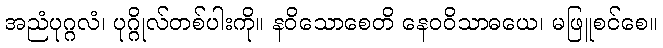
အညံပုဂ္ဂလံ၊ ပုဂ္ဂိုလ်တစ်ပါးကို။ နဝိသောစေတိ နေဝဝိသာဓယေ၊ မဖြူစင်စေ။